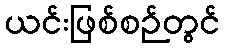
ယင်းဖြစ်စဉ်တွင်